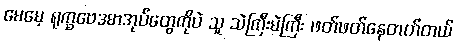
မေမေ့ ရုက္ခဗေဒစာအုပ်တွေကိုပဲ သူ သဲကြီးမဲကြီး ဖတ်ဖတ်နေတတ်တယ်